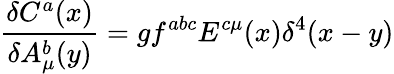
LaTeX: \frac{\delta C^{a}(x)}{\delta A_{\mu}^{b}(y)}=gf^{abc}E^{c\mu}(x)\delta^{4}(x-y)